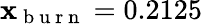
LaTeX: \mathbf{x}_{\mathrm{~b~u~r~n~}}=0.2125